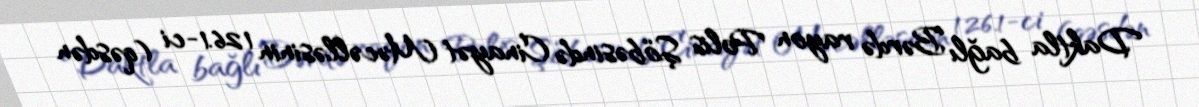
Daktla bağlı Bərdə rayon Polis Şöbəsində Cinayət Məcəlləsinin 126.1-ci (qəsdən